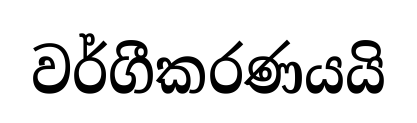
වර්ගීකරණයයි